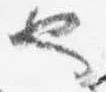
也